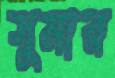
সুমার